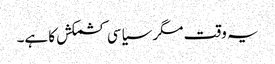
یہ وقت مگر سیاسی کشمکش کا ہے۔